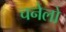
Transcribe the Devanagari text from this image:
चनेलो